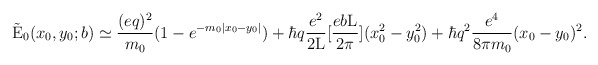
\begin{align*}\tilde{\rm E}_0(x_0,y_0;b) \simeq \frac{(eq)^2}{m_0}(1 - e^{-m_0 |x_0 - y_0|}) + \hbar q \frac{e^2}{2\rm L}[\frac{eb\rm L}{2\pi}] (x_0^2 - y_0^2) +\hbar q^2 \frac{e^4}{8\pi m_0} (x_0 - y_0)^2.\end{align*}